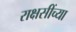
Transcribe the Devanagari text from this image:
राक्षसींच्या